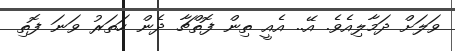
ވަލަށް ދަމާލިއެވެ. އޭ.. އެއީ ތިން ފޮތްޗާ ދެން ހަތަރު ވަނަ ފޮތި